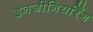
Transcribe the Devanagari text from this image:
इनजीनियरिँग